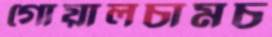
গোয়ালচামচ